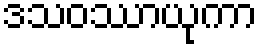
ဒသဝဿာယုကာ